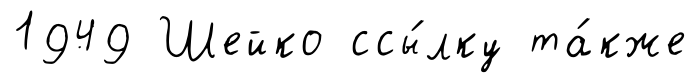
1949 Шейко ссы́лку та́кже